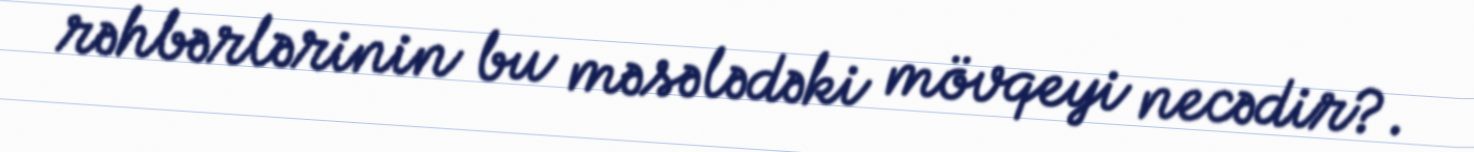
rəhbərlərinin bu məsələdəki mövqeyi necədir?.